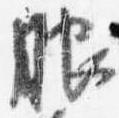
服